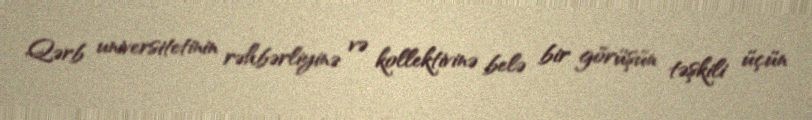
Qərb universitetinin rəhbərliyinə və kollektivinə belə bir görüşün təşkili üçün